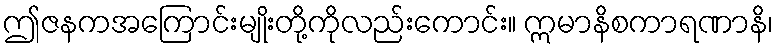
ဤဇနကအကြောင်းမျိုးတို့ကိုလည်းကောင်း။ ဣမာနိစကာရဏာနိ၊